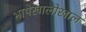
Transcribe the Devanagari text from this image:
भाषेखालोखाल